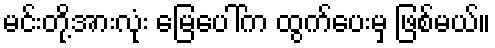
မင်းတို့အားလုံး မြေပေါ်က ထွက်ပေးမှ ဖြစ်မယ်။